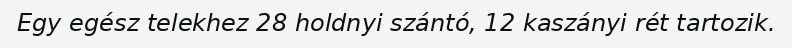
Egy egész telekhez 28 holdnyi szántó, 12 kaszányi rét tartozik.